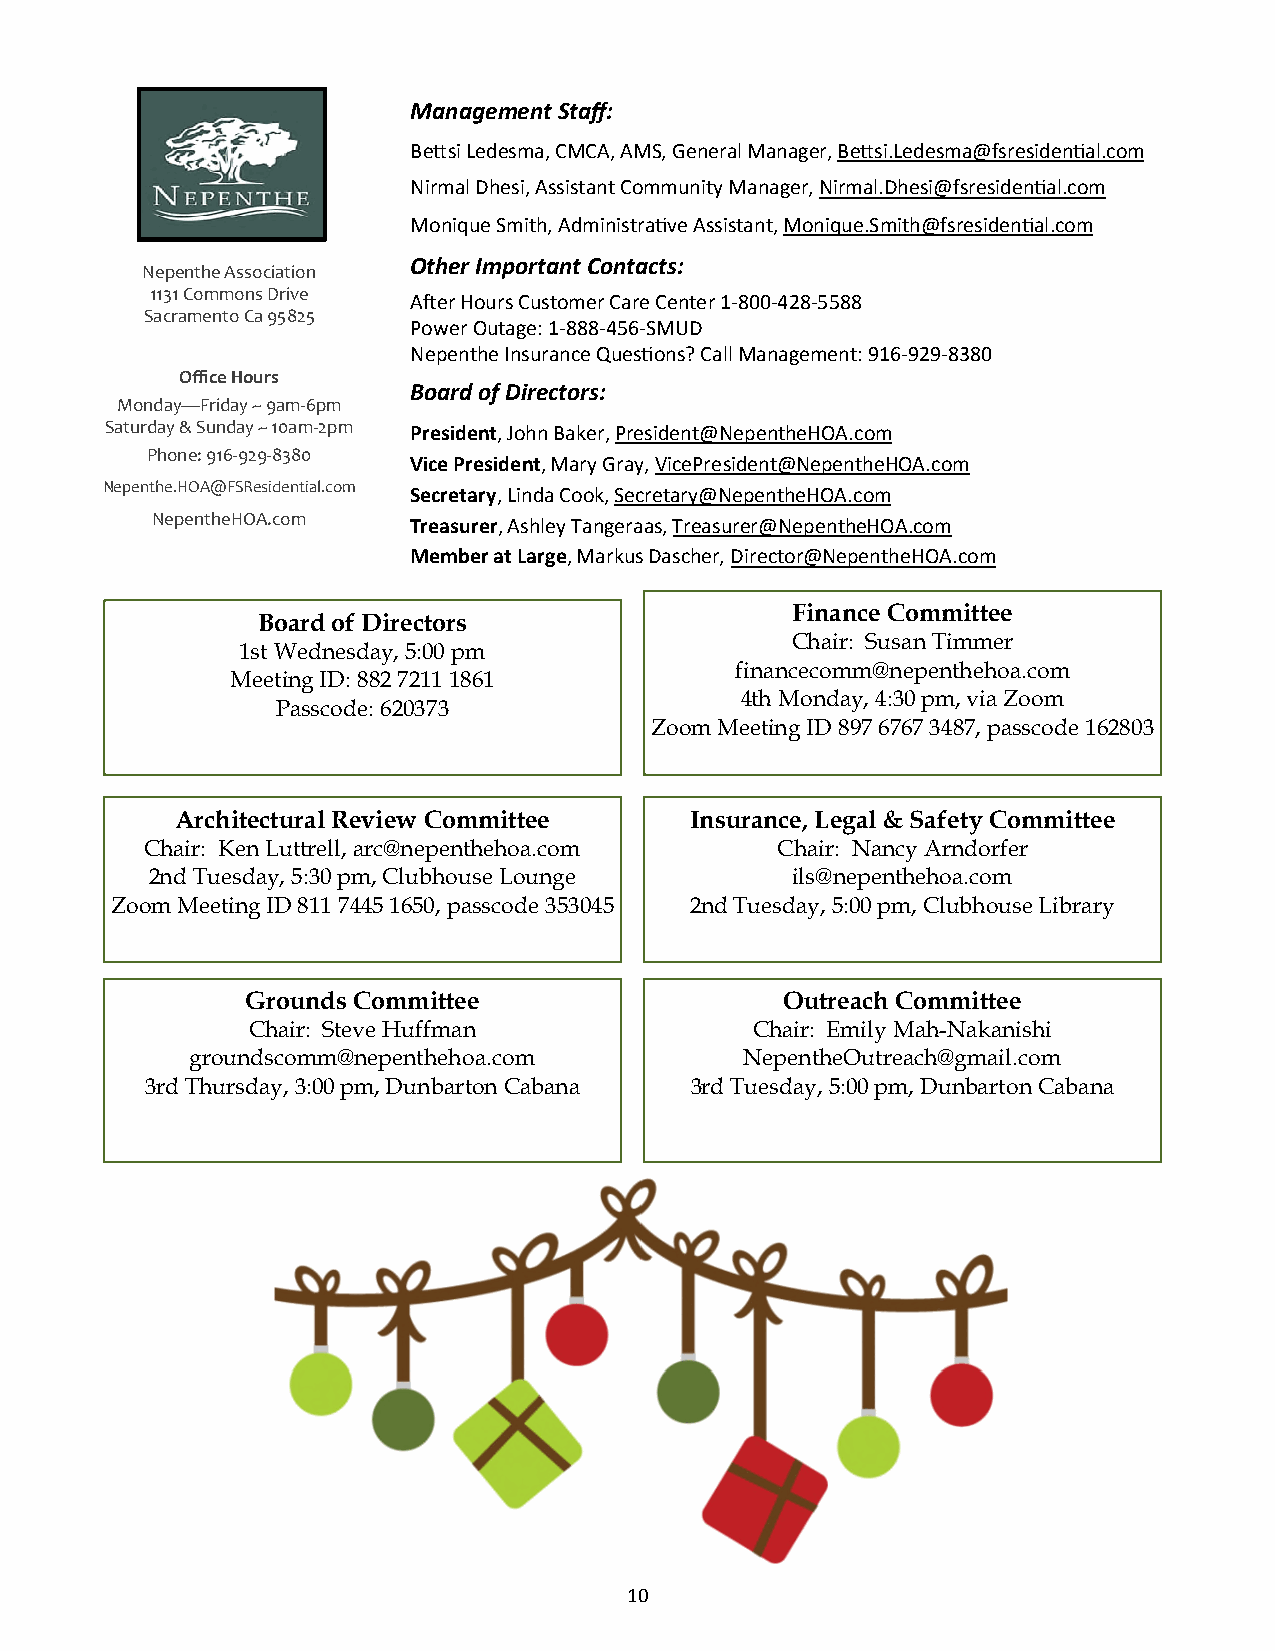
Management Staff:
 Besi Ledesma, CMCA, AMS, General Manager, Besi.Ledesma@fsresidenal.com
 Nirmal Dhesi, Assistant Community Manager, Nirmal.Dhesi@fsresidenal.com
 Monique Smith, Administrave Assistant, Monique.Smith@fsresidenal.com
 Other Important Contacts:
 Nepenthe Association
 1131 Commons Drive
 Aer Hours Customer Care Center 1-800-428-5588
 Sacramento Ca 95825
 Power Outage: 1-888-456-SMUD
 Nepenthe Insurance Quesons? Call Management: 916-929-8380
 Office Hours
 Board of Directors:
 Monday—Friday ~ 9am-6pm
 Saturday & Sunday ~ 10am-2pm President, John Baker, President@NepentheHOA.com
 Phone: 916-929-8380
 Vice President, Mary Gray, VicePresident@NepentheHOA.com
 Nepenthe.HOA@FSResidential.com Secretary, Linda Cook, Secretary@NepentheHOA.com
 NepentheHOA.com  Treasurer, Ashley Tangeraas, Treasurer@NepentheHOA.com
 Member at Large, Markus Dascher, Director@NepentheHOA.com
 Finance Committee
 Board of Directors
 Chair: Susan Timmer
 1st Wednesday, 5:00 pm
 financecomm@nepenthehoa.com
 Meeting ID: 882 7211 1861
 4th Monday, 4:30 pm, via Zoom
 Passcode: 620373
 Zoom Meeting ID 897 6767 3487, passcode 162803
 Architectural Review Committee    Insurance, Legal & Safety Committee
 Chair: Ken Luttrell, arc@nepenthehoa.com Chair: Nancy Arndorfer
 2nd Tuesday, 5:30 pm, Clubhouse Lounge    ils@nepenthehoa.com
 Zoom Meeting ID 811 7445 1650, passcode 353045 2nd Tuesday, 5:00 pm, Clubhouse Library
 Grounds Committee                   Outreach Committee
 Chair: Steve Huffman              Chair: Emily Mah-Nakanishi
 groundscomm@nepenthehoa.com         NepentheOutreach@gmail.com
 3rd Thursday, 3:00 pm, Dunbarton Cabana 3rd Tuesday, 5:00 pm, Dunbarton Cabana
 10